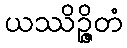
ယဿိဉ္ဇိတံ